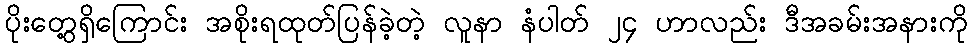
ပိုးတွေ့ရှိကြောင်း အစိုးရထုတ်ပြန်ခဲ့တဲ့ လူနာ နံပါတ် ၂၄ ဟာလည်း ဒီအခမ်းအနားကို